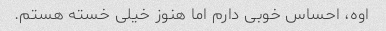
اوه، احساس خوبی دارم اما هنوز خیلی خسته هستم.